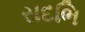
સદભિ